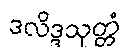
ဒလိဒ္ဒသုတ္တံ